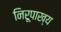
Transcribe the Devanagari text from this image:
निरूपाख्य